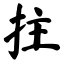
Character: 拄